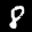
Label: 8